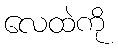
လေထဲကို